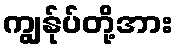
ကျွန်ုပ်တို့အား